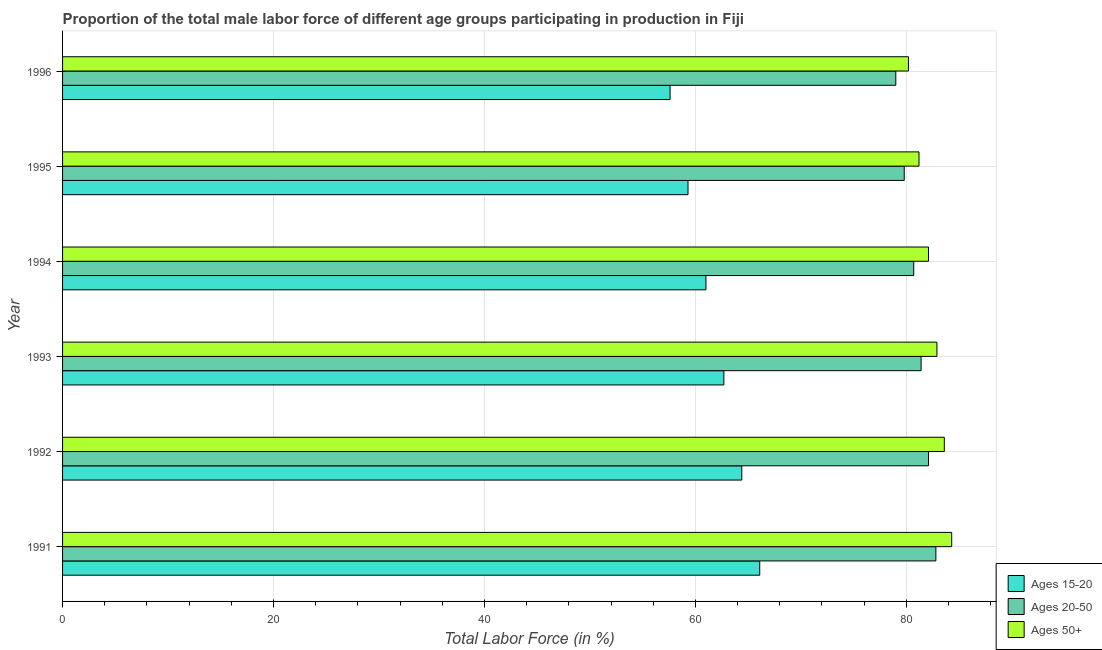
| Year | Ages 15-20 | Ages 20-50 | Ages 50+ |
 | --- | --- | --- | --- |
 | 1991 | 66.1 | 82.8 | 84.3 |
 | 1992 | 64.4 | 82.1 | 83.6 |
 | 1993 | 62.7 | 81.4 | 82.9 |
 | 1994 | 61 | 80.7 | 82.1 |
 | 1995 | 59.3 | 79.8 | 81.2 |
 | 1996 | 57.6 | 79 | 80.2 |